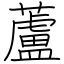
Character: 蘆